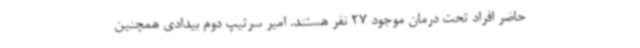
حاضر افراد تحت درمان موجود 27 نفر هستند. امیر سرتیپ دوم بیدادی همچنین